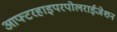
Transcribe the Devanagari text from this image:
आफ्टरहाइपरपोलराईजेशन